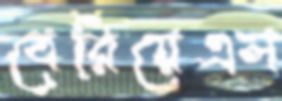
বেরিয়েএল